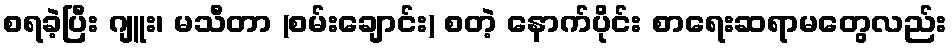
စရခဲ့ပြီး ဂျူး၊ မသီတာ (စမ်းချောင်း) စတဲ့ နောက်ပိုင်း စာရေးဆရာမတွေလည်း